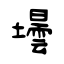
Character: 壜